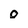
Character: 0